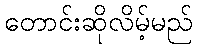
တောင်းဆိုလိမ့်မည်